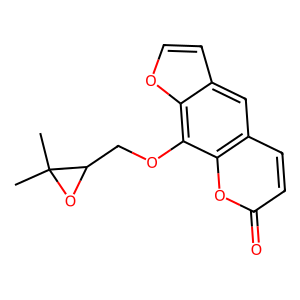
SMILES: CC1(C)OC1COc1c2occc2cc2ccc(=O)oc12
Inhibits HIV replication: No